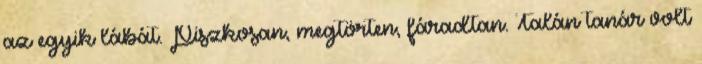
az egyik lábát. Piszkosan, megtörten, fáradtan. Talán tanár volt